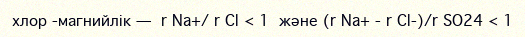
хлор -магнийлік —  r Na+/ r Cl < 1  және (r Na+ - r Cl-)/r SO24 < 1